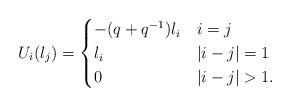
LaTeX: \begin{align*}U_i(l_j) =\begin{cases}-(q+q^{-1}) l_i & i=j \\l_i & |i-j|=1 \\0 & |i-j|>1.\end{cases}\end{align*}